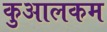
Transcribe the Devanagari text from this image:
कुआलकम